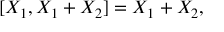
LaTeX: [ X _ { 1 } , X _ { 1 } + X _ { 2 } ] = X _ { 1 } + X _ { 2 } ,